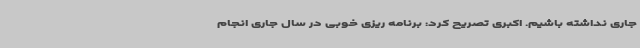
جاری نداشته باشیم. اکبری تصریح کرد: برنامه ریزی خوبی در سال جاری انجام